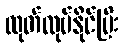
ထုတ်လုပ်နိုင်ပြီး